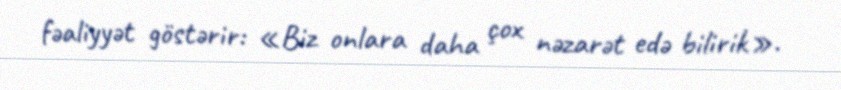
fəaliyyət göstərir: «Biz onlara daha çox nəzarət edə bilirik».